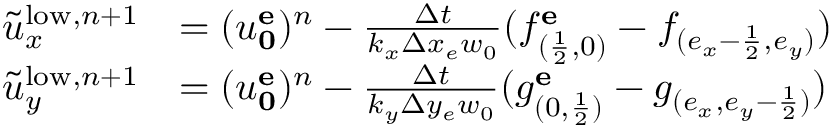
\begin{array} { r l } { \tilde { u } _ { x } ^ { \mathrm { l o w } , n + 1 } } & { = ( u _ { \mathbf { 0 } } ^ { \mathbf { e } } ) ^ { n } - \frac { \Delta t } { k _ { x } \Delta x _ { e } w _ { 0 } } ( f _ { ( \frac { 1 } { 2 } , 0 ) } ^ { \mathbf { e } } - f _ { ( e _ { x } - \frac { 1 } { 2 } , e _ { y } ) } ) } \\ { \tilde { u } _ { y } ^ { \mathrm { l o w } , n + 1 } } & { = ( u _ { \mathbf { 0 } } ^ { \mathbf { e } } ) ^ { n } - \frac { \Delta t } { k _ { y } \Delta y _ { e } w _ { 0 } } ( g _ { ( 0 , \frac { 1 } { 2 } ) } ^ { \mathbf { e } } - g _ { ( e _ { x } , { e _ { y } - \frac { 1 } { 2 } } ) } ) } \end{array}